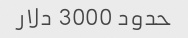
حدود 3000 دلار